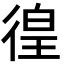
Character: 徨